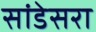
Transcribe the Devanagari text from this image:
सांडेसरा